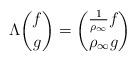
LaTeX: \begin{align*}\Lambda\binom{f}{g}=\binom{\tfrac{1}{\rho_\infty} f}{\rho_\infty g}\end{align*}